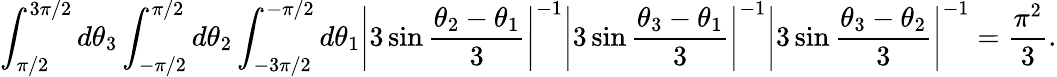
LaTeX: \int_{\pi/2}^{3\pi/2}d\theta_{3}\int_{-\pi/2}^{\pi/2}d\theta_{2}\int_{-3\pi/2}^{-\pi/2}d\theta_{1}\left|3\sin\frac{\theta_{2}-\theta_{1}}{3}\right|^{-1}\left|3\sin\frac{\theta_{3}-\theta_{1}}{3}\right|^{-1}\left|3\sin\frac{\theta_{3}-\theta_{2}}{3}\right|^{-1}=\frac{\pi^{2}}{3}.